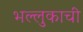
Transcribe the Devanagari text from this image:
भल्लुकाची